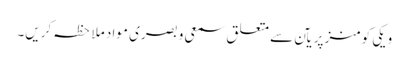
ویکی کومنز پر یآن سے متعلق سمعی و بصری مواد ملاحظہ کریں۔